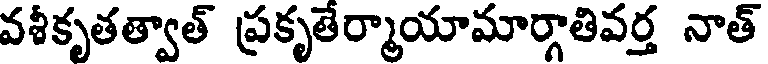
వశీకృతత్వాత్ ప్రకృతేర్మాయామార్గాతివర్త నాత్